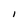
Character: I